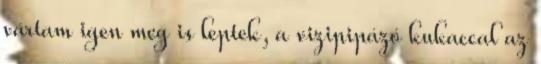
vártam igen meg is leptek, a vizipipázó kukaccal az